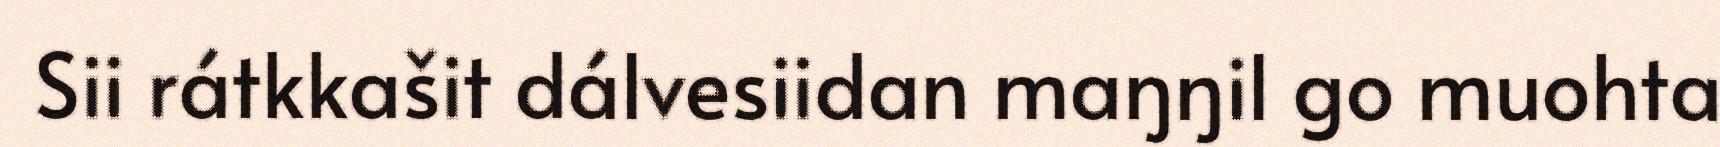
Sii rátkkašit dálvesiidan maŋŋil go muohta